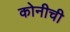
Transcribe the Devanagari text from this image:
कोनीची